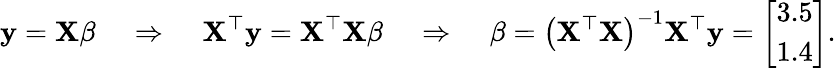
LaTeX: \mathbf{y}=\mathbf{X}\mathbf{\beta}\; \; \; \; \Rightarrow\; \; \; \; \mathbf{X}^{\top}\mathbf{y}=\mathbf{X}^{\top}\mathbf{X}\mathbf{\beta}\; \; \; \; \Rightarrow\; \; \; \; \mathbf{\beta}=\left(\mathbf{X}^{\top}\mathbf{X}\right)^{-1}\mathbf{X}^{\top}\mathbf{y}=\left[{\begin{array}{c}{3.5}\\ {1.4}\end{array}}\right].